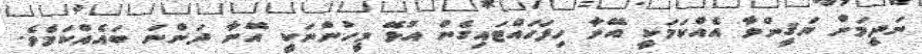
ނަދީމަށް ޔަޤީންވާ އެއްކަމަކީ އޭނާ ހިފަހައްޓައިގެން އުޅޭ މީހުންނަކީ އޭނާ ދަންނަ ބައެއްކަމެވެ.